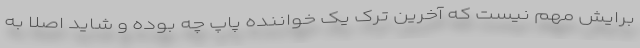
برایش مهم نیست که آخرین ترک یک خواننده پاپ چه بوده و شاید اصلا به